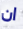
ان